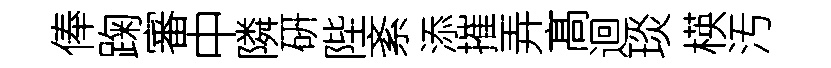
俸踘審中隣硏陛紊添摧弄髙迴琰楧汚